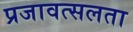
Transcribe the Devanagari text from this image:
प्रजावत्सलता